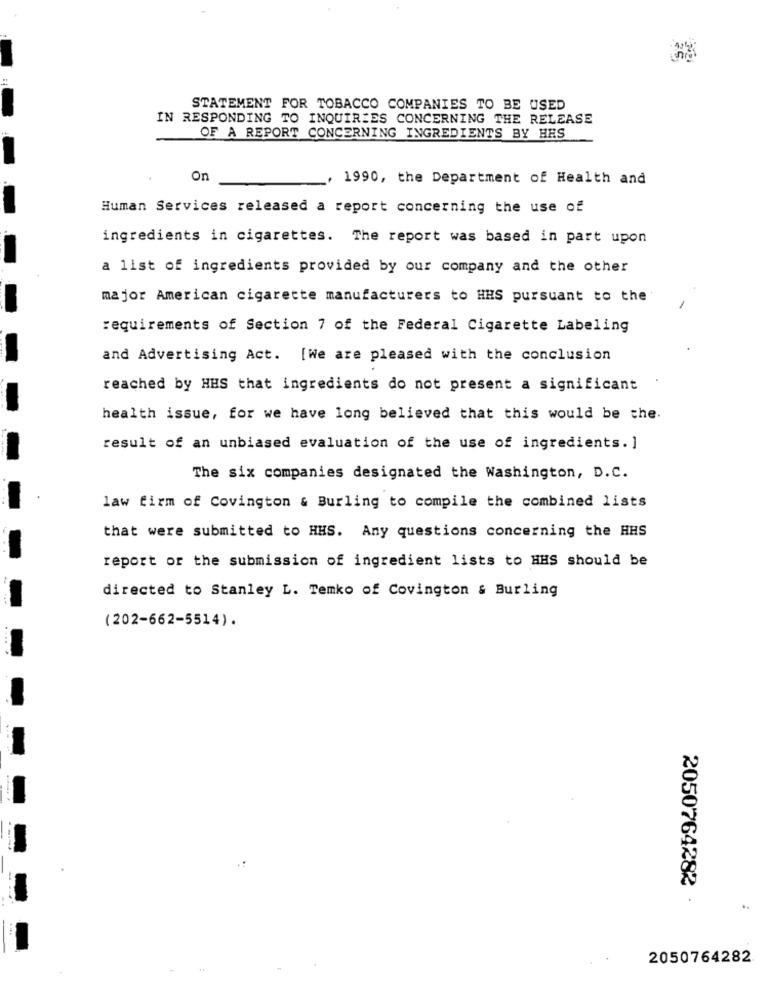
STATEMENT FOR TOBACCO COMPANIES TO BE USED
IN RESPONDING TO INQUIRIES CONCERNING THE RELEASE
OF A REPORT CONCERNING INGREDIENTS BY HAS
On
, 1990, the Department of Health and
Human Services released a report concerning the use of
ingredients in cigarettes. The report was based in part upon
a list of ingredients provided by our company and the other
major American cigarette manufacturers to HHS pursuant to the
requirements of Section 7 of the Federal Cigarette Labeling
and Advertising Act. [We are pleased with the conclusion
reached by HHS that ingredients do not present a significant
health issue, for we have long believed that this would be the.
result of an unbiased evaluation of the use of ingredients. ]
The six companies designated the Washington, D.C.
law firm of Covington & Burling to compile the combined lists
that were submitted to HHS. Any questions concerning the HHS
report or the submission of ingredient lists to HHS should be
directed to Stanley L. Temko of Covington & Burling
(202-662-5514).
2050764282
2050764282